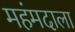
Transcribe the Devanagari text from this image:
महंमदाला